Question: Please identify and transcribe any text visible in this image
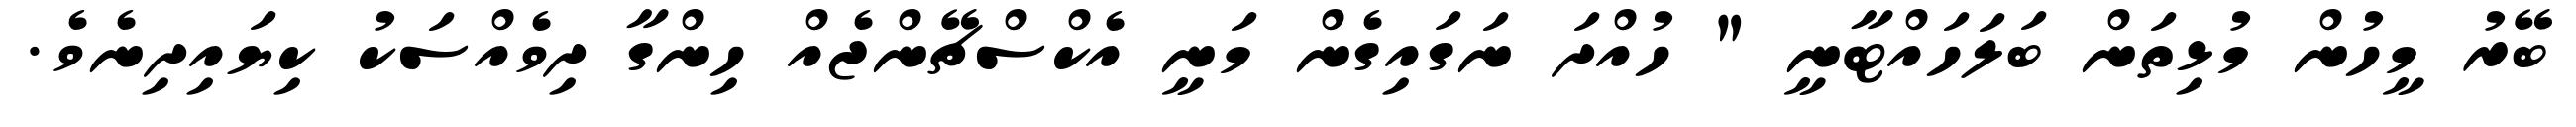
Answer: ބޭރު މީހުން މުޅިތަން ބަލަހައްޓާނީ " ހުއްދަ ނަގައިގެން މަނީ އެކްސްޗޭންޖެއް ހިންގާ ދިވެއްސަކު ކިޔައިދިނެވެ.